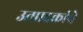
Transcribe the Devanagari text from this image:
उत्पादकांचे